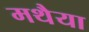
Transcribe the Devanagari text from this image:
मथैया